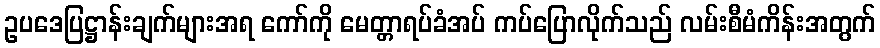
ဥပဒေပြဋ္ဌာန်းချက်များအရ ကော်ကို မေတ္တာရပ်ခံအပ် ကပ်ပြောလိုက်သည် လမ်းစီမံကိန်းအတွက်